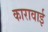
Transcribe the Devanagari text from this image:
कारावाई